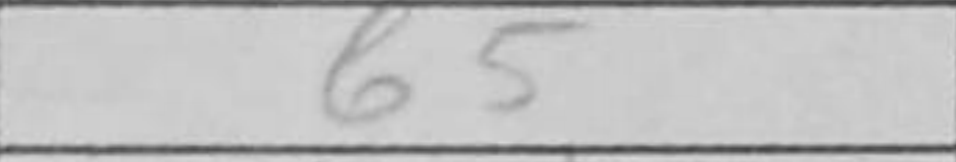
Transcription: g5